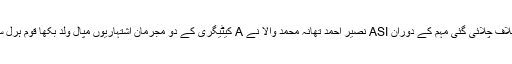
تفصیلات کیمطابقDPO چنیوٹ محمد عبدالقادر قمر کی ہدایت پر مجرمان اشتہاریوں کیخلاف چلائی گئی مہم کے دوران ASI نصیر احمد تھانہ محمد والا نے A کیٹیگری کے دو مجرمان اشتہاریوں مپال ولد بکھا قوم ہرل سکنہ ٹھٹھی بالا راجہ اور احمد والد بکھا قوم ہرل سکنہ ٹھٹھی بالا راجہ کو گرفتار کر لیا ۔